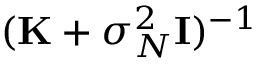
( \mathbf { K } + \sigma _ { N } ^ { 2 } { \bf { I } } ) ^ { - 1 }